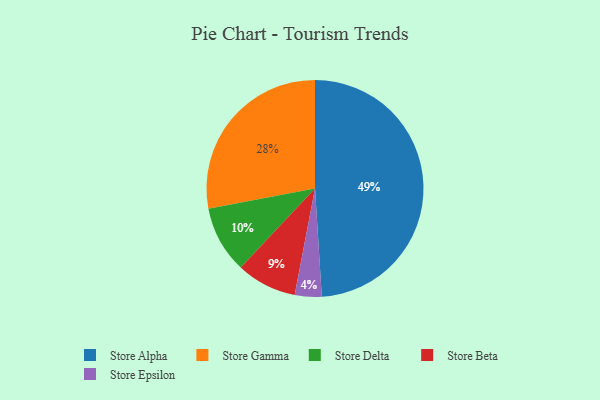
{"axis": {"x": "Category", "y": "Percentage"}, "legend": ["Store Alpha", "Store Beta", "Store Delta", "Store Epsilon", "Store Gamma"], "data": [{"x": "Store Beta", "y": 9, "type": "Store Beta"}, {"x": "Store Delta", "y": 10, "type": "Store Delta"}, {"x": "Store Alpha", "y": 49, "type": "Store Alpha"}, {"x": "Store Gamma", "y": 28, "type": "Store Gamma"}, {"x": "Store Epsilon", "y": 4, "type": "Store Epsilon"}]}